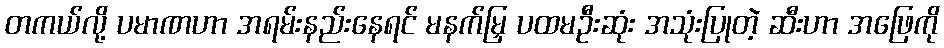
တကယ်လို့ ပမာဏဟာ အရမ်းနည်းနေရင် မနက်မြှ ပထမဦးဆုံး အသုံးပြုတဲ့ ဆီးဟာ အဖြေကို